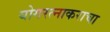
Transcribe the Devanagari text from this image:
योगरत्नाकराचा